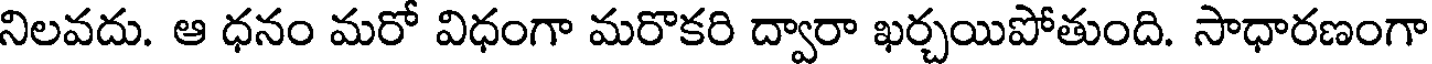
నిలవదు. ఆ ధనం మరో విధంగా మరొకరి ద్వారా ఖర్చయిపోతుంది. సాధారణంగా